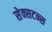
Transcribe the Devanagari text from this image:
सेक्सटन्स